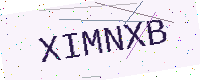
Text: XIMNXB